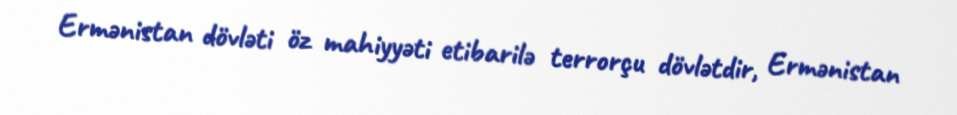
Ermənistan dövləti öz mahiyyəti etibarilə terrorçu dövlətdir, Ermənistan